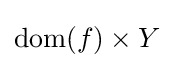
\operatorname {dom} (f)\times Y